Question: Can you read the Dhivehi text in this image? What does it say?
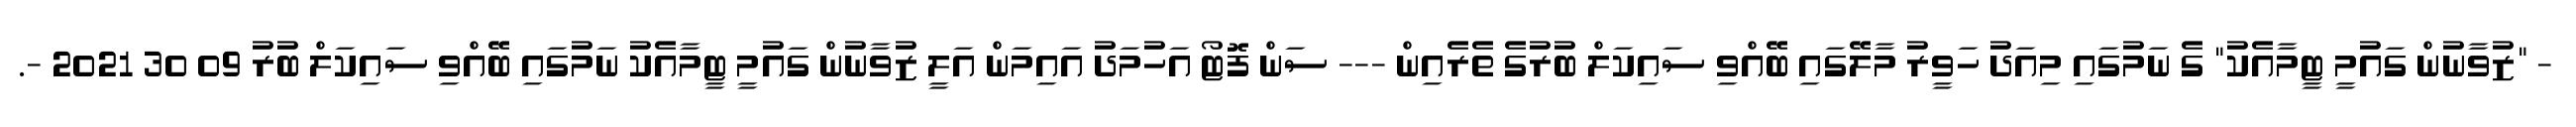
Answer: - "ޒުވާނުން ގައުމީ ޓީމާއެކު" ގެ ނަމުގައި މިއަދު ހަވީރު މާލޭގައި ބޭއްވި ސައިކަލް ބުރުގެ ތެރެއިން --- ސަން ފޮޓޯ އަހުމަދު އައިމަން އަލީ ޒުވާނުން ގައުމީ ޓީމާއެކު ނަމުގައި ބޭއްވި ސައިކަލް ބުރު 09 30 2021 -.